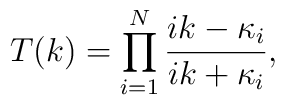
T(k)=\prod_{i=1}^{N} {{ik-\kappa_i}\over{ik+\kappa_i}},